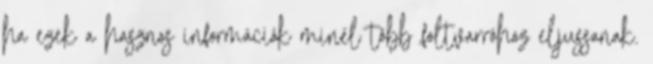
ha ezek a hasznos információk minél több foltvarróhoz eljussanak.